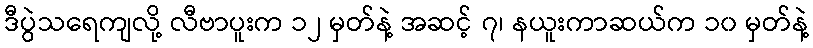
ဒီပွဲသရေကျလို့ လီဗာပူးက ၁၂ မှတ်နဲ့ အဆင့် ၇၊ နယူးကာဆယ်က ၁၀ မှတ်နဲ့